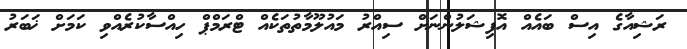
ރަޝިއާގެ އިސް ބައެއް އޮފިޝަލުންނަށް ސިއްރު މައުލޫމާތުތަކެއް ޓްރަމްޕް ހިއްސާކުރެއްވި ކަމަށް ޚަބަރު